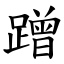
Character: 蹭